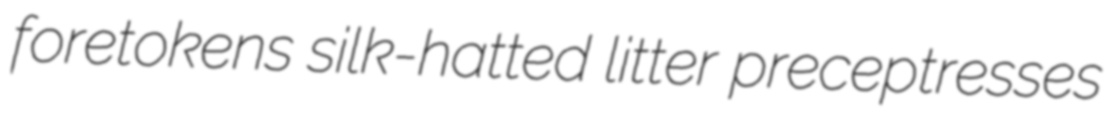
foretokens silk-hatted litter preceptresses